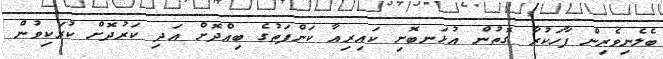
ބެލެނިވެރިން ފާހަކުރާ ގޮތުން އުޅަނބޮށި ކައިރިއާ ކަންފަތުގެ ބިއްދޮށް އަދި ކަރުދޮށް ކުރަކިވުން